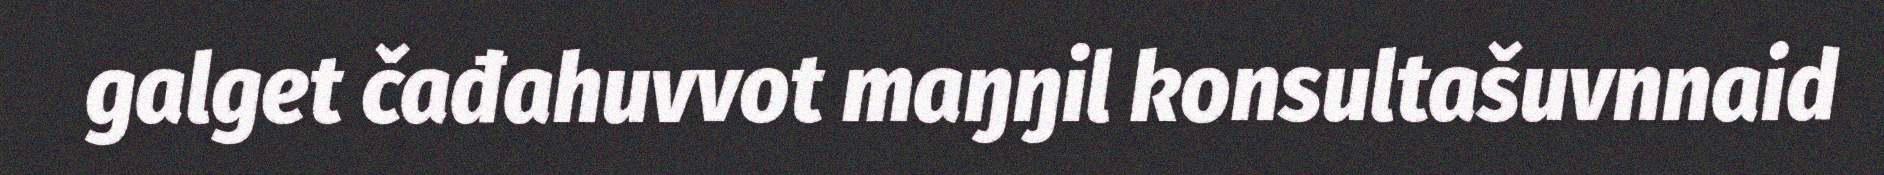
galget čađahuvvot maŋŋil konsultašuvnnaid